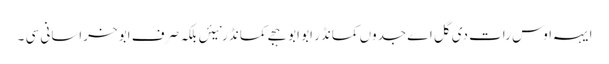
ایہہ اوس رات دی گل اے جدوں کمانڈر ابو ابو ہجے کمانڈ ر نیئں بلکہ صرف ابو خراسانی سی ۔